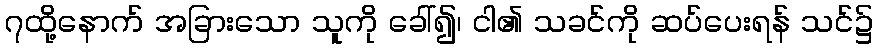
၇ထို့နောက် အခြားသော သူကို ခေါ်၍၊ ငါ၏ သခင်ကို ဆပ်ပေးရန် သင်၌